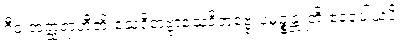
ဂီဝံ အတ္ထရာဟီတိ သေဝိတဗ္ဗာသေဝိတဗ္ဗေ ပမုဉ္စန္တူတိ ဧဝရူပါယပိ